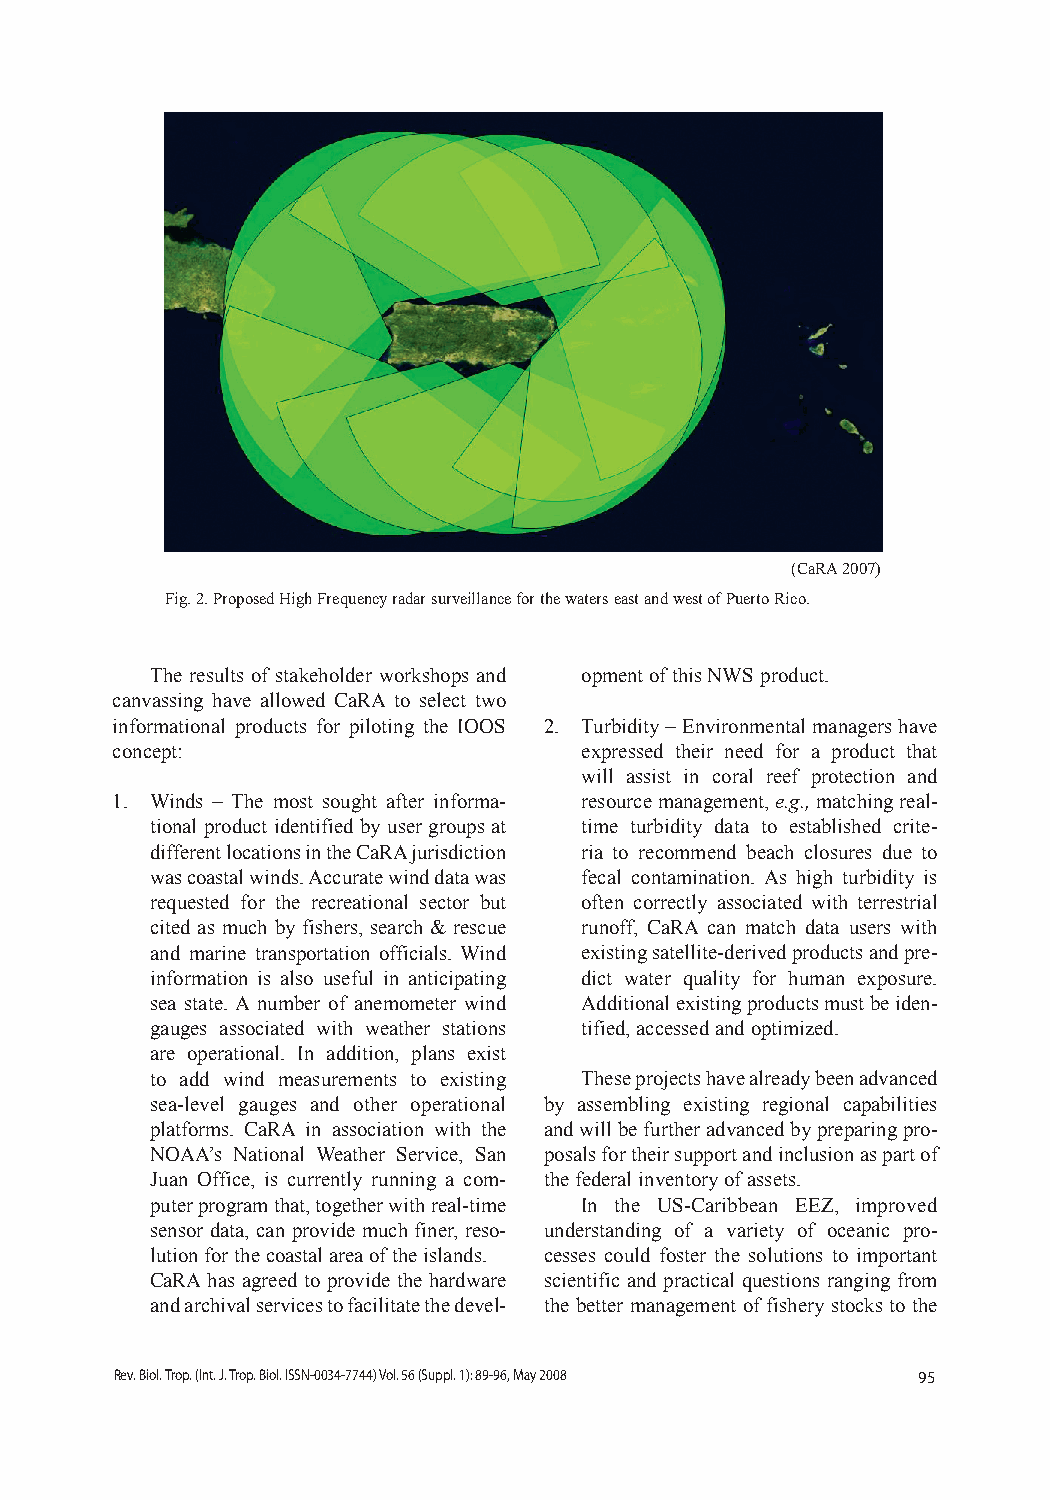
(CaRA 2007)
 Fig. 2. Proposed High Frequency radar surveillance for the waters east and west of Puerto Rico.
 The results of stakeholder workshops and opment of this NWS product.
 canvassing have allowed CaRA to select two
 informational products for piloting the IOOS 2. Turbidity – Environmental managers have
 concept:                       expressed their need for a product that
 will assist in coral reef protection and
 1. Winds – The most sought after informa- resource management, e.g., matching real-
 tional product identified by user groups at time turbidity data to established crite-
 different locations in the CaRA jurisdiction ria to recommend beach closures due to
 was coastal winds. Accurate wind data was fecal contamination. As high turbidity is
 requested for the recreational sector but often correctly associated with terrestrial
 cited as much by fishers, search & rescue runoff, CaRA can match data users with
 and marine transportation officials. Wind existing satellite-derived products and pre-
 information is also useful in anticipating dict water quality for human exposure.
 sea state. A number of anemometer wind Additional existing products must be iden-
 gauges associated with weather stations tified, accessed and optimized.
 are operational. In addition, plans exist
 to add wind measurements to existing These projects have already been advanced
 sea-level gauges and other operational by assembling existing regional capabilities
 platforms. CaRA in association with the and will be further advanced by preparing pro-
 NOAA’s National Weather Service, San posals for their support and inclusion as part of
 Juan Office, is currently running a com- the federal inventory of assets.
 puter program that, together with real-time In the US-Caribbean EEZ, improved
 sensor data, can provide much finer, reso- understanding of a variety of oceanic pro-
 lution for the coastal area of the islands. cesses could foster the solutions to important
 CaRA has agreed to provide the hardware scientific and practical questions ranging from
 and archival services to facilitate the devel- the better management of fishery stocks to the
 Rev. Biol. Trop. (Int. J. Trop. Biol. ISSN-0034-7744) Vol. 56 (Suppl. 1): 89-96, May 2008 95